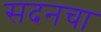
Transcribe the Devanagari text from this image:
सदनचा